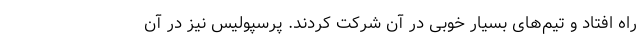
راه افتاد و تیم‌های بسیار خوبی در آن شرکت کردند. پرسپولیس نیز در آن